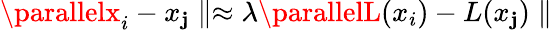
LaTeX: \parallelx_{i}-x_{\mathbf{j}}\parallel\approx\lambda\parallelL(x_{i})-L(x_{\mathbf{j}})\parallel